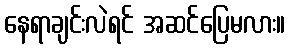
နေရာချင်းလဲရင် အဆင်ပြေမလား။